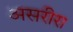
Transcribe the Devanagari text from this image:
असरीरा